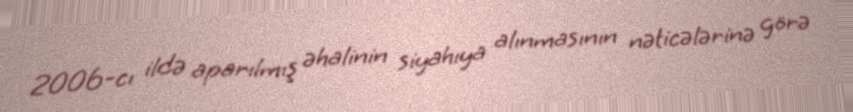
2006-cı ildə aparılmış əhalinin siyahıya alınmasının nəticələrinə görə